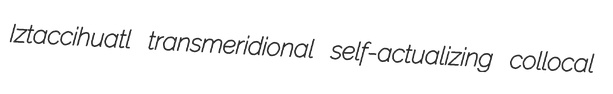
Iztaccihuatl transmeridional self-actualizing collocal